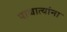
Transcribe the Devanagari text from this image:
पाश्चात्यांना